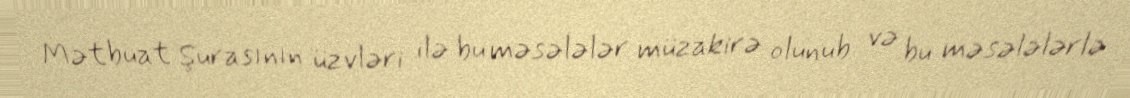
Mətbuat Şurasının üzvləri ilə bu məsələlər müzakirə olunub və bu məsələlərlə